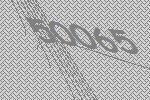
50065